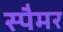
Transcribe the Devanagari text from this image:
स्पैमर